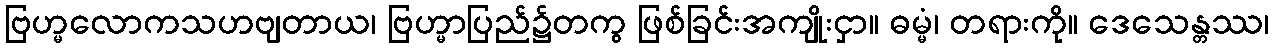
ဗြဟ္မလောကသဟဗျတာယ၊ ဗြဟ္မာပြည်၌တကွ ဖြစ်ခြင်းအကျိုးငှာ။ ဓမ္မံ၊ တရားကို။ ဒေသေန္တဿ၊